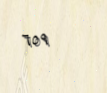
٦٥٩